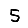
Digit: 5